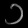
Digit: ၁